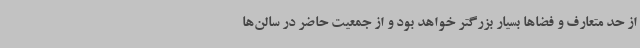
از حد متعارف و فضاها بسیار بزرگتر خواهد بود و از جمعیت حاضر در سالن‌ها